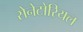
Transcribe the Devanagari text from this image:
सेनेटोरियल